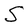
Character: S